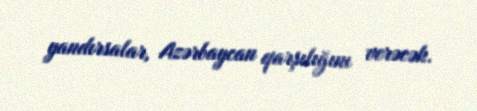
yandırsalar, Azərbaycan qarşılığını verəcək.